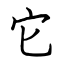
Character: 它